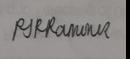
Signature authenticity: genuine